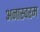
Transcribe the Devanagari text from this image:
अनास्वरम